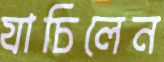
যাচিলেন